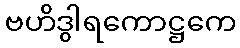
ဗဟိဒွါရကောဋ္ဌကေ